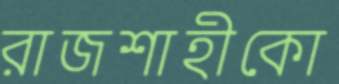
রাজশাহীকো